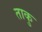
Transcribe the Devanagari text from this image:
ताकु